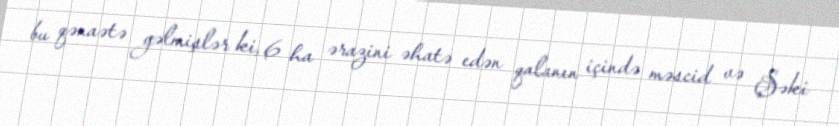
bu qənaətə gəlmişlər ki, 6 ha ərazini əhatə edən qalanın içində məscid və Şəki